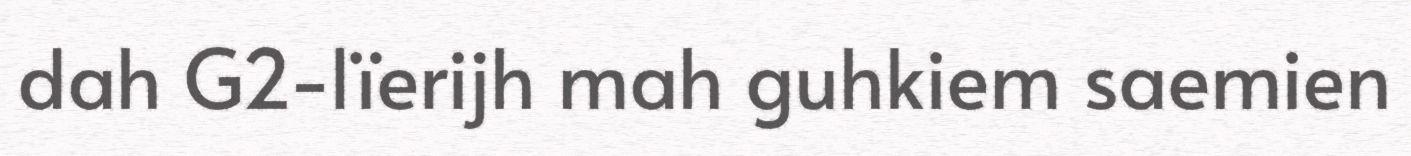
dah G2-lïerijh mah guhkiem saemien